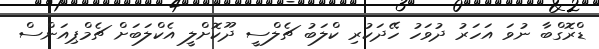
ޑްރޮގްބާ ނުވަ އަހަރު ދުވަހު ހޭދަކުރި ކްލަބު ޗެލްސީ ދޫކޮށްލީ އެކްލަބަށް ޗެމްޕިއަންސް